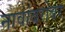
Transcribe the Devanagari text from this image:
नावांबरोबर